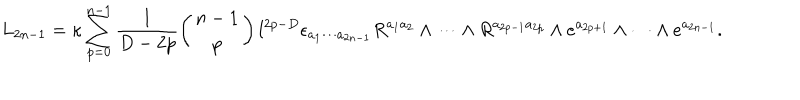
L _ { 2 n - 1 } = \kappa \sum _ { p = 0 } ^ { n - 1 } \frac { 1 } { D - 2 p } \left( \begin{array} { c } { { n - 1 } } \\ { { p } } \\ \end{array} \right) l ^ { 2 p - D } \epsilon _ { a _ { 1 } \cdots a _ { 2 n - 1 } } R ^ { a _ { 1 } a _ { 2 } } \wedge \cdots \wedge R ^ { a _ { 2 p - 1 } a _ { 2 p } } \wedge e ^ { a _ { 2 p + 1 } } \wedge \cdots \wedge e ^ { a _ { 2 n - 1 } } .